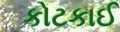
કોટકાઈ